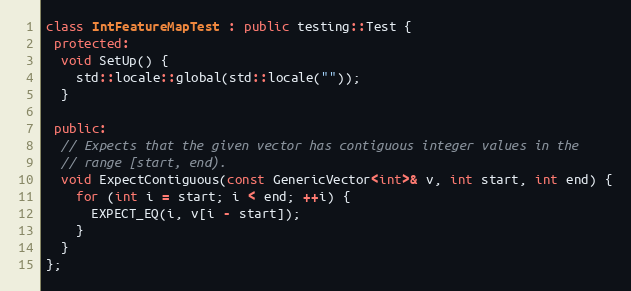
Language: C++
class IntFeatureMapTest : public testing::Test {
 protected:
  void SetUp() {
    std::locale::global(std::locale(""));
  }

 public:
  // Expects that the given vector has contiguous integer values in the
  // range [start, end).
  void ExpectContiguous(const GenericVector<int>& v, int start, int end) {
    for (int i = start; i < end; ++i) {
      EXPECT_EQ(i, v[i - start]);
    }
  }
};